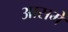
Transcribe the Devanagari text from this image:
आसमे